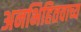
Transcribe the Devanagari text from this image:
अनभिहितवाच्य